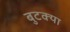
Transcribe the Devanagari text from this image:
बुटक्‍या